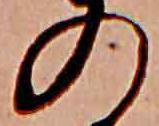
の